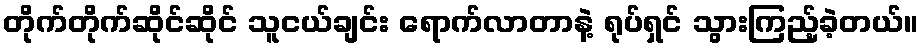
တိုက်တိုက်ဆိုင်ဆိုင် သူငယ်ချင်း ရောက်လာတာနဲ့ ရုပ်ရှင် သွားကြည့်ခဲ့တယ်။